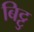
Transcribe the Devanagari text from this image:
बिट्टु